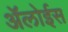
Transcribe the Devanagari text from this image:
ॲलोईस